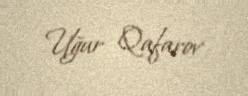
Uğur Qafarov